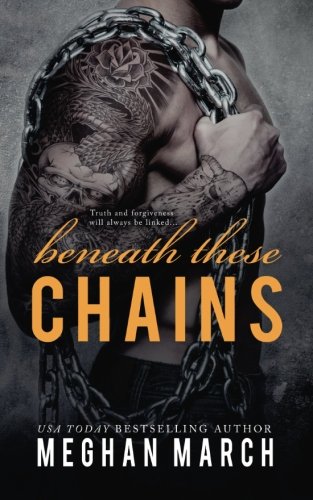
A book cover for Beneath These Chains (Volume 3); Meghan March; Romance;